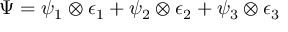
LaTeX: \Psi = \psi _ { 1 } \otimes \epsilon _ { 1 } + \psi _ { 2 } \otimes \epsilon _ { 2 } + \psi _ { 3 } \otimes \epsilon _ { 3 }